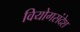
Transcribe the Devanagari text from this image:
वियोगसंदेश